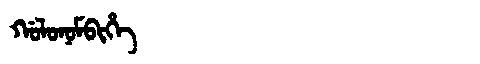
Manchu: ᡤᠣᠯᠣᠨᠣᠮᠪᡳᡥᡝ
Romanization: GOLONOMBIHE